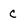
Character: c